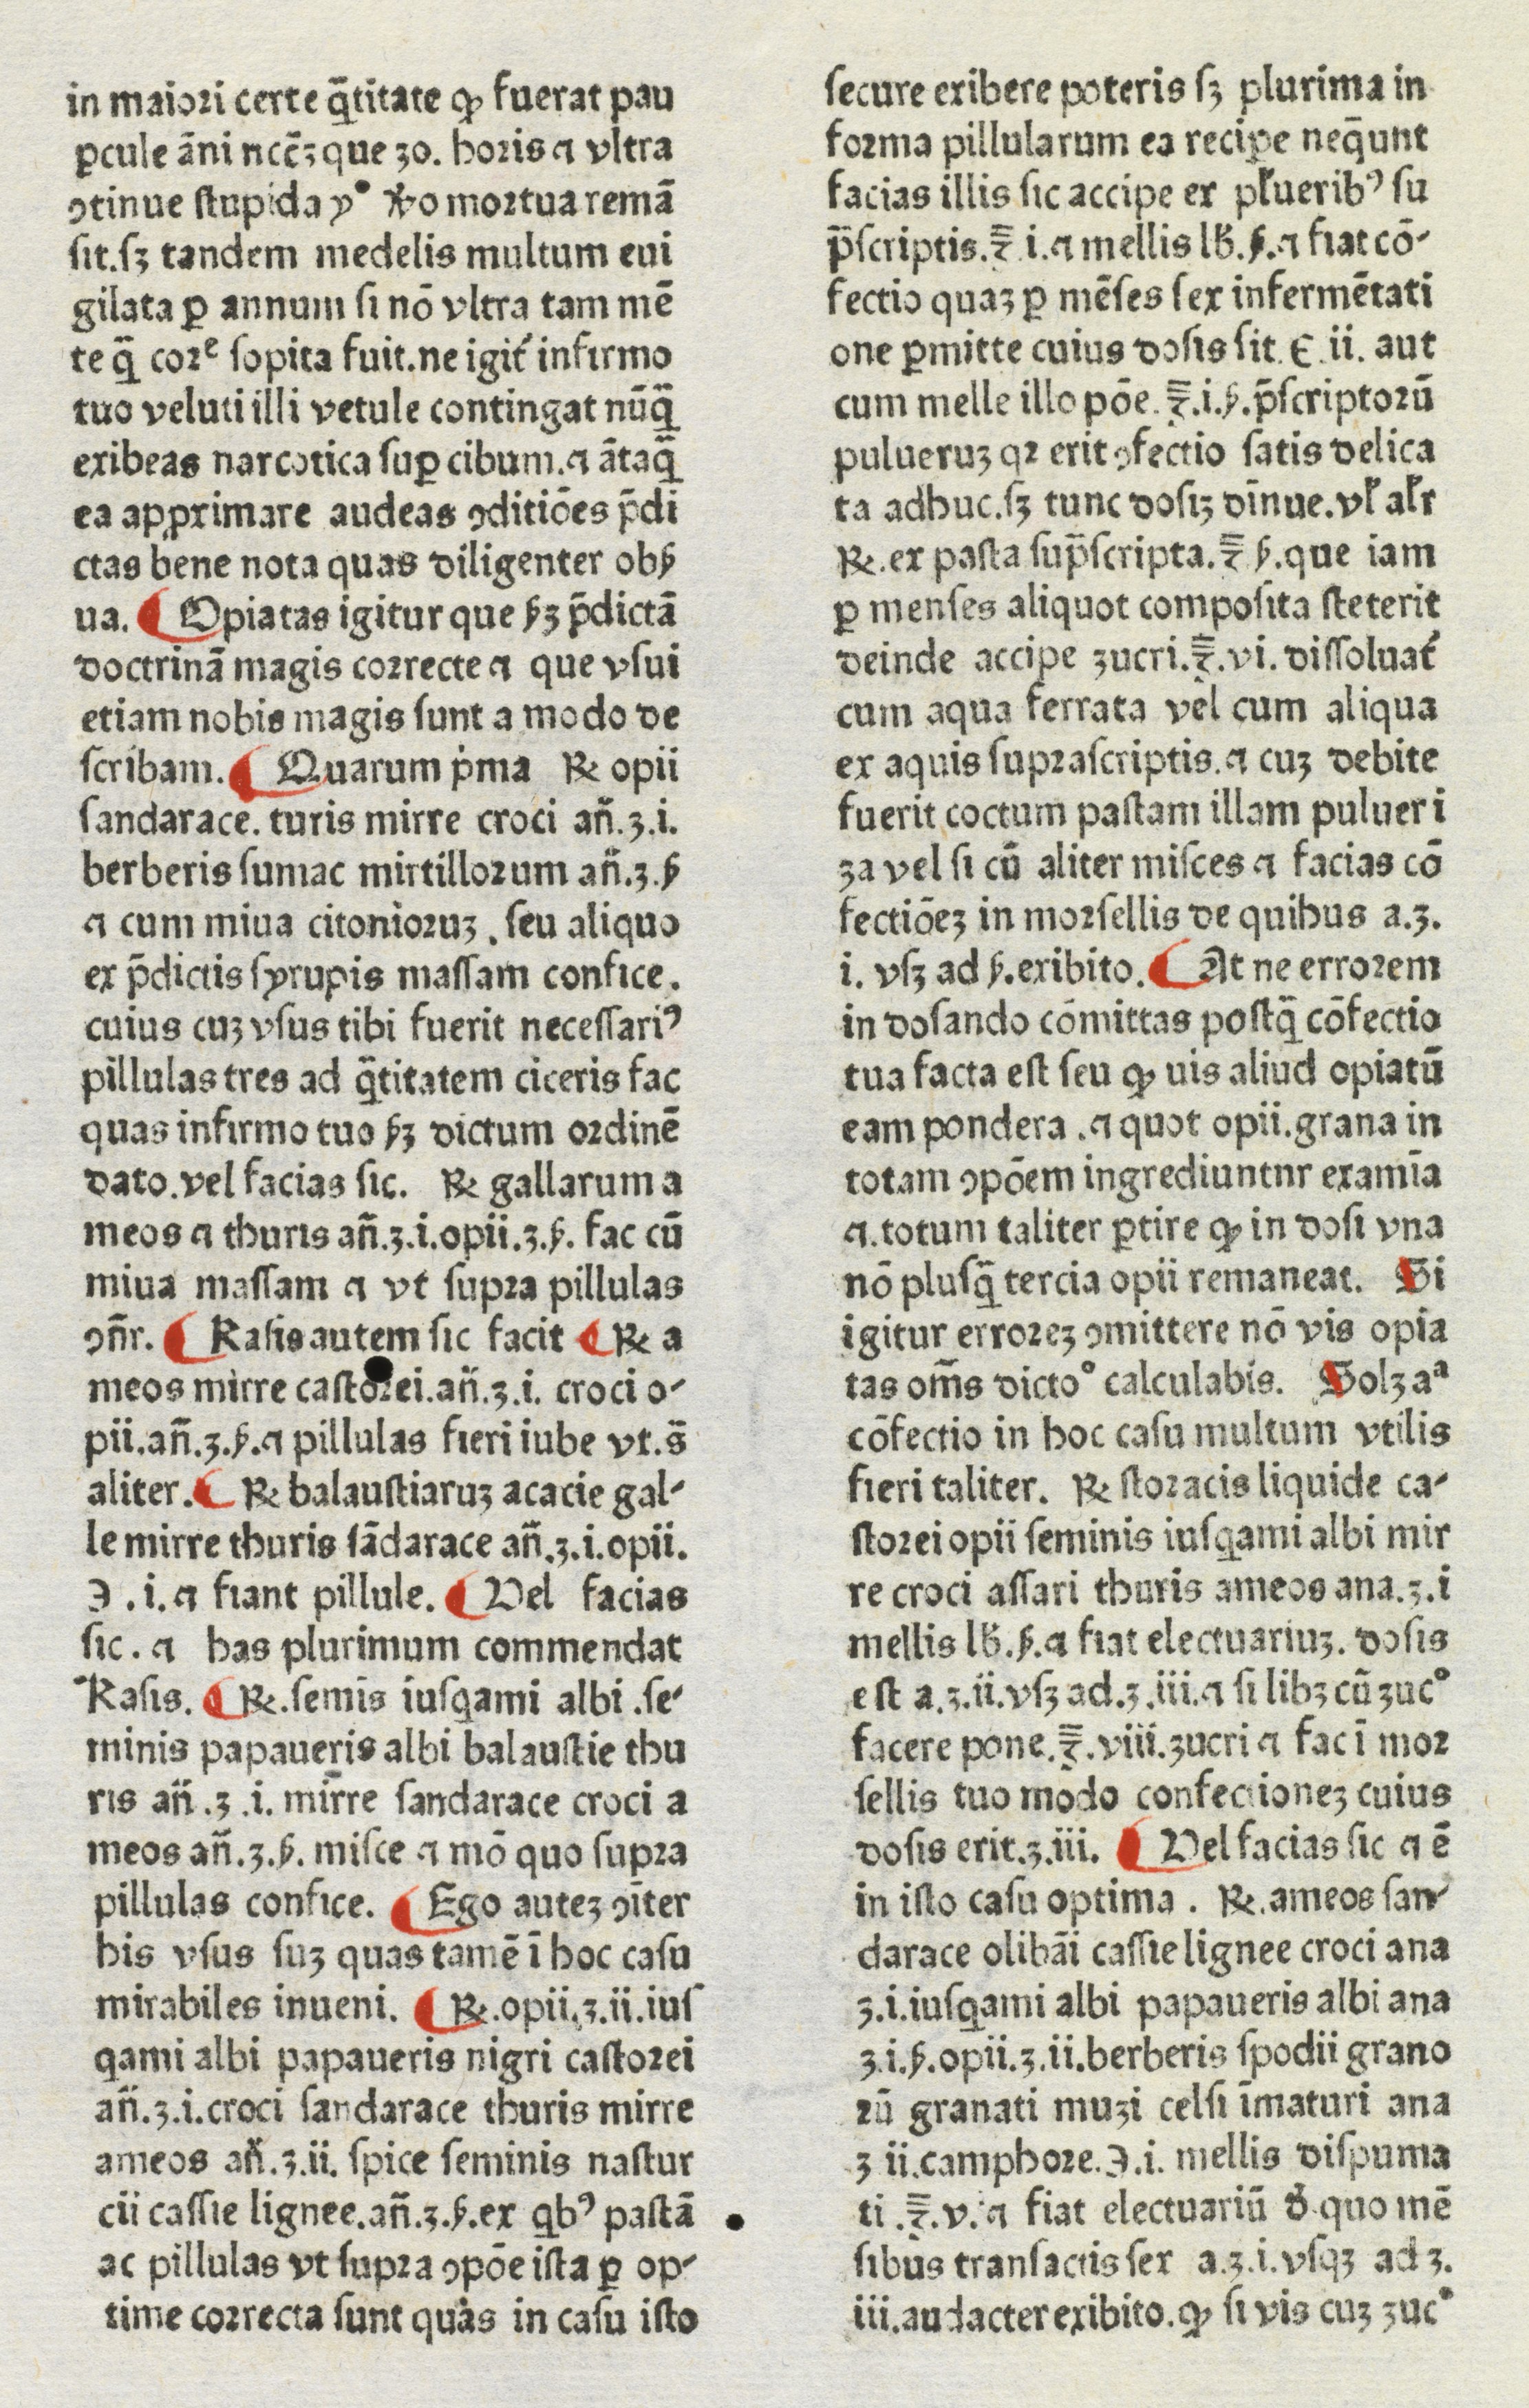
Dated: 1480–1470